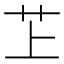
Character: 䒙